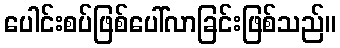
ပေါင်းစပ်ဖြစ်ပေါ်လာခြင်းဖြစ်သည်။